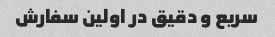
سریع و دقیق در اولین سفارش